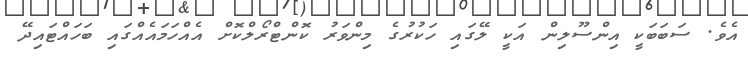
އެވެ. ސަބަބަކީ އިންސޫލިން އަކީ ލޭގައި ހަކުރުގެ މިންވަރު ކޮންޓްރޯލްކޮށް އެއްހަމައެއްގައި ބަހައްޓައިދޭ